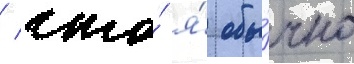
/ что́ я́ обы́чно